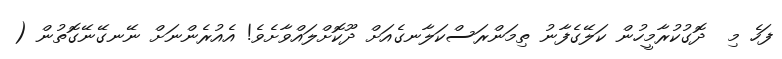
ފަހެ މި  ދޮގުކުރާމީހުން ކަލޭގެފާނު ތިމަންރަސްކަލާނގެއަށް ދޫކޮށްލައްވާށެވެ! އެއުރެންނަށް ނޭނގޭނޭގޮތުން (